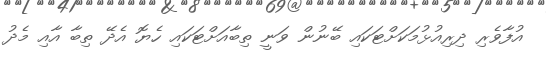
އުފާވެރި ދިރިއުޅުމަކަށްޓަކައި ބޭނުން ވަނީ ތިބާއަށްޓަކައި ހެޔޮ އެދޭ ތިބާ އާއި މެދު